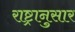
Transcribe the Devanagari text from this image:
राष्ट्रानुसार